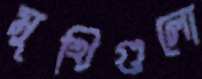
মুখিগুলো